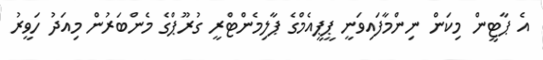
އެ ޕާޓީން މިކަން ނިންމާފައިވަނީ ޕީޕީއެމްގެ ޕާލިމެންޓްރީ ގުރޫޕްގެ މެންބަރުން މިއަދު ހަވީރު